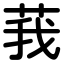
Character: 莪